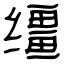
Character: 缰